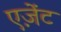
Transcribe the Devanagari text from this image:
एज़ेंट